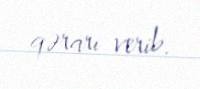
qərarı verib.